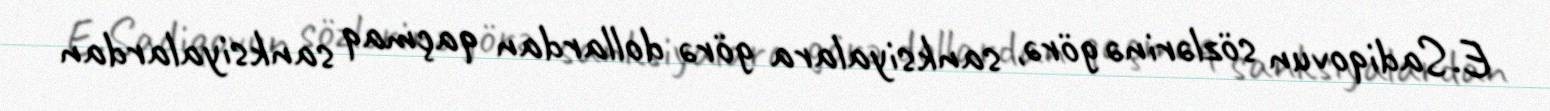
E.Sadiqovun sözlərinə görə, sanksiyalara görə dollardan qaçmaq sanksiyalardan